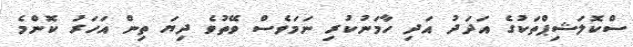
ސްކޮލަޝިޕްތަކުގެ އަދަދު އަދި ހާމަނުކުރި ނަމަވެސް ވޭތުވެ ދިޔަ ތިން އަހަރު ކޮންމެ